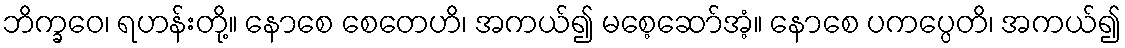
ဘိက္ခဝေ၊ ရဟန်းတို့။ နောစေ စေတေဟိ၊ အကယ်၍ မစေ့ဆော်အံ့။ နောစေ ပကပ္ပေတိ၊ အကယ်၍